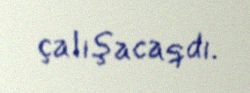
çalışacaqdı.